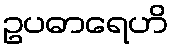
ဥပဓာရေဟိ